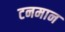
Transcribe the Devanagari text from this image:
टनमान